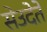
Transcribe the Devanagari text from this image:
सेउदेते